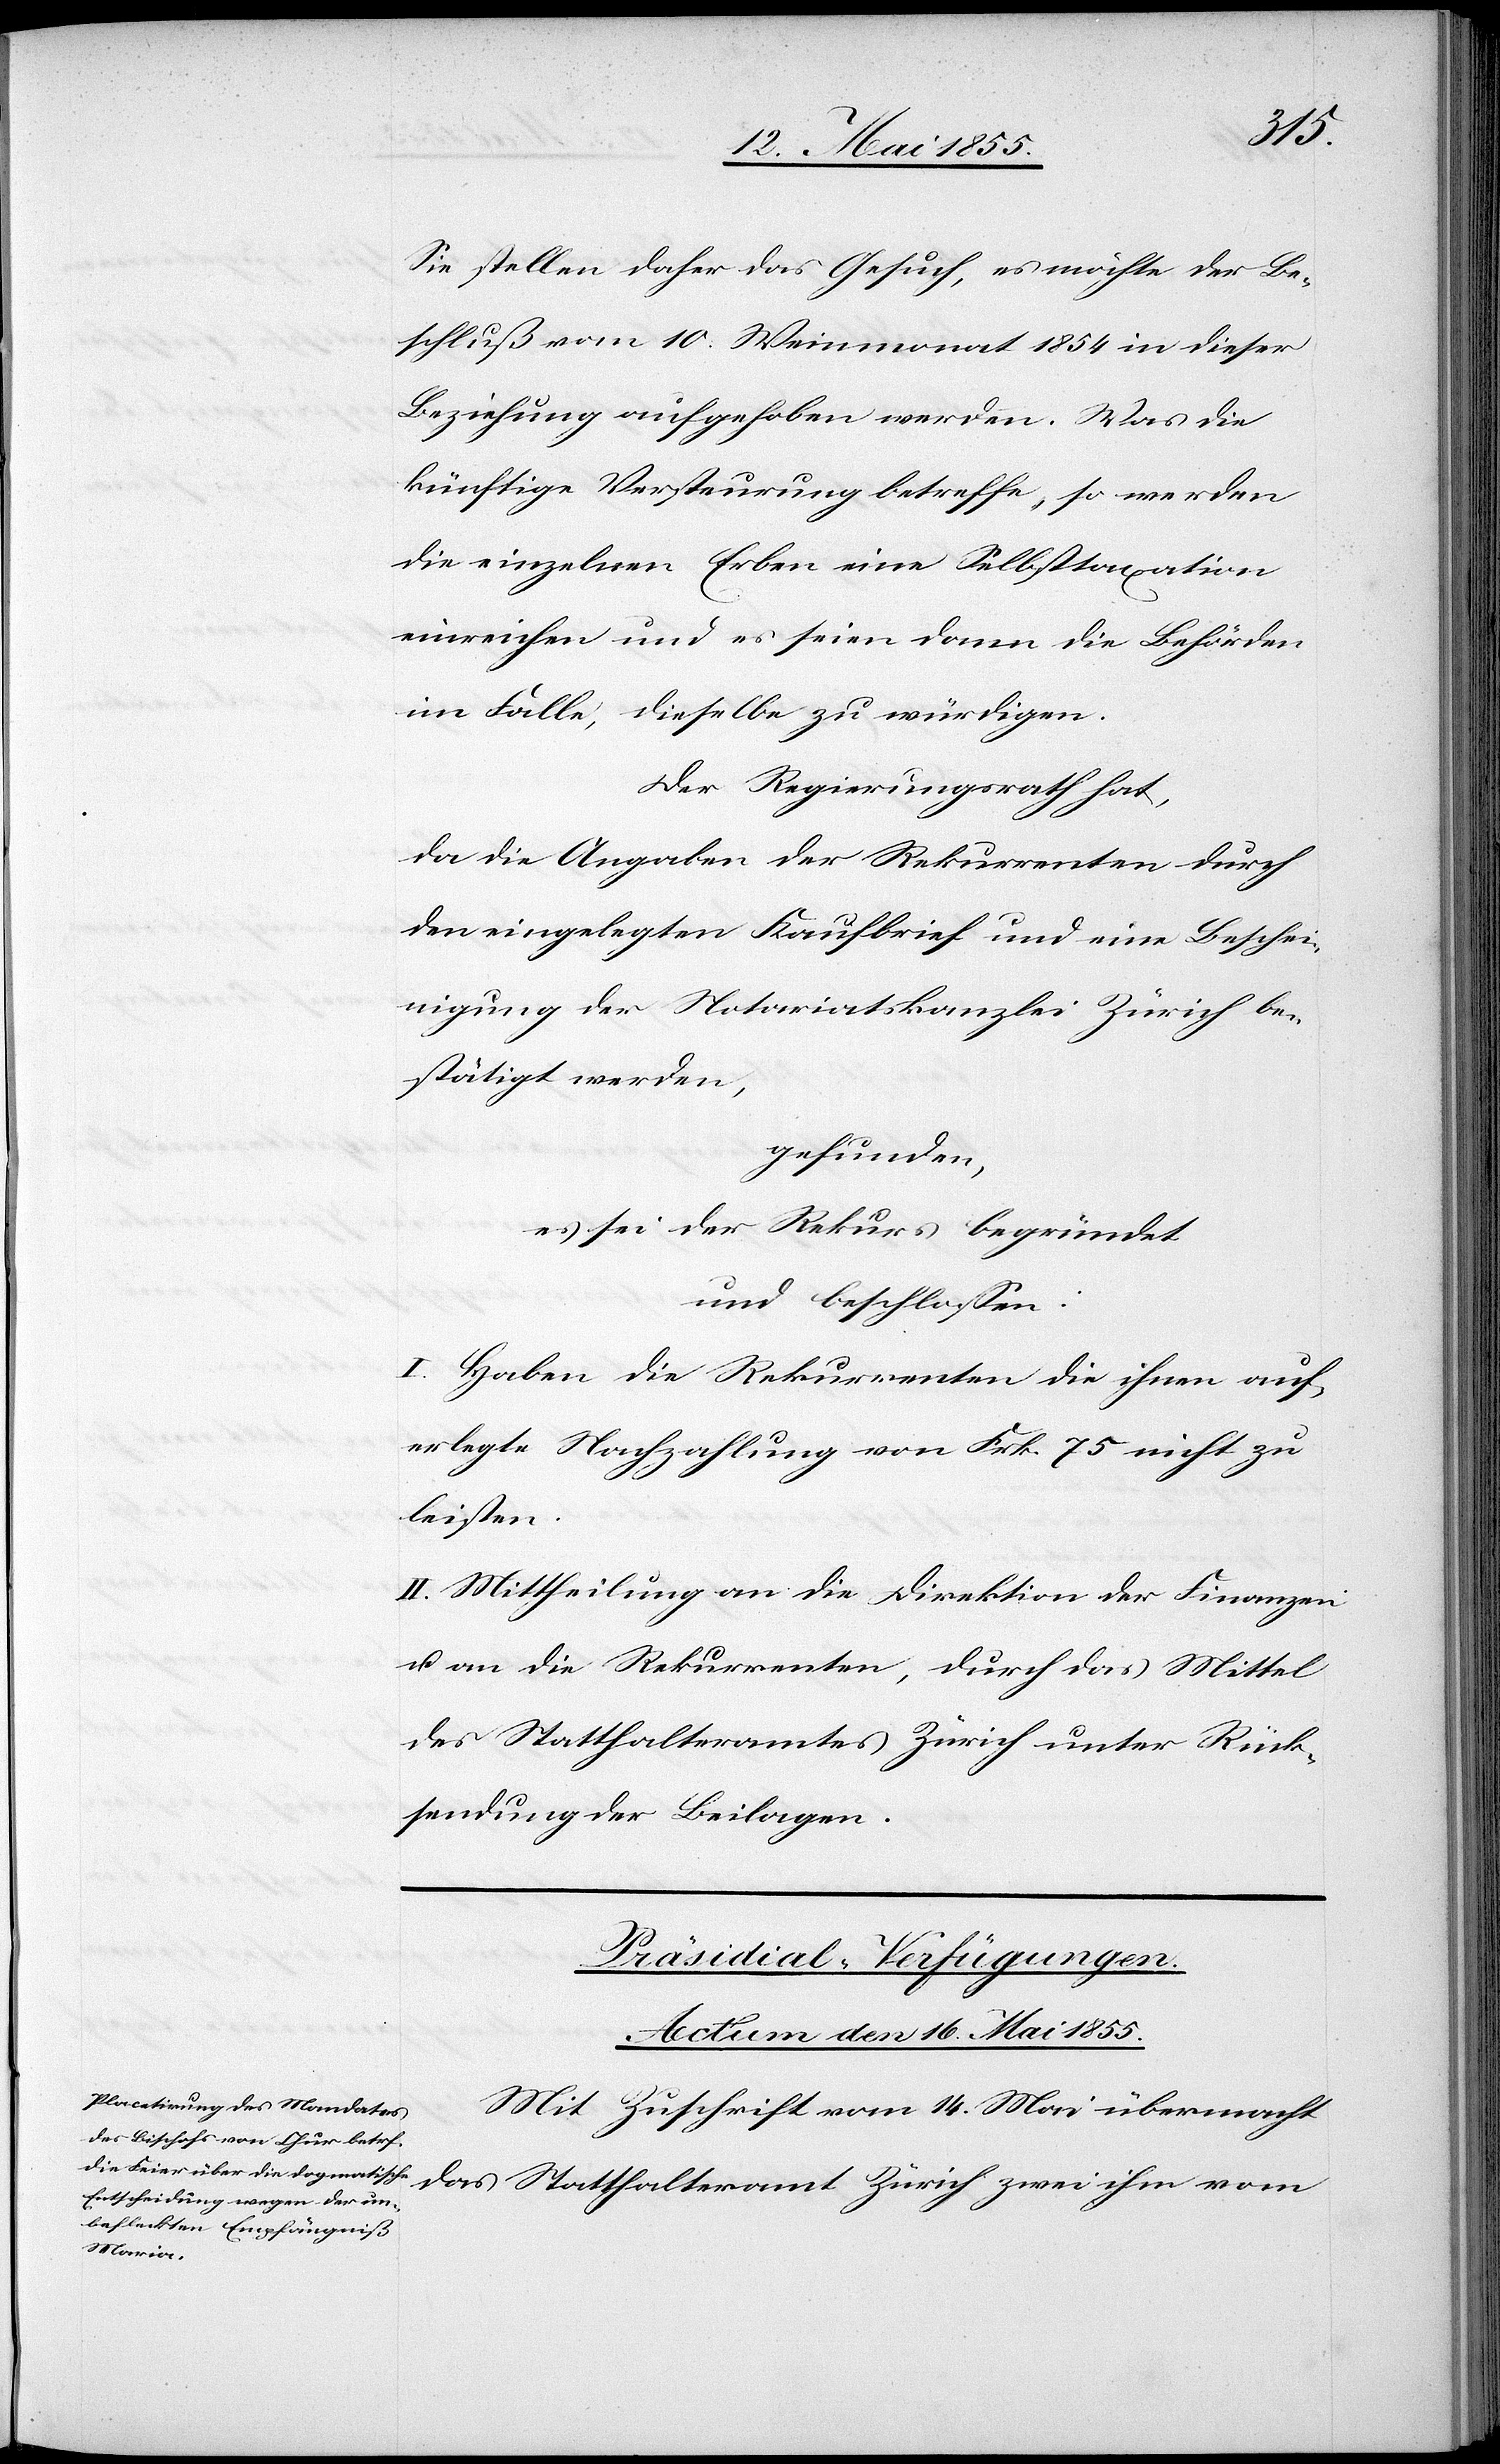
Sie stellen daher das Gesuch, es möchte der Be¬
schluß vom 10. Weinmonat 1854 in dieser
Beziehung aufgehoben werden. Was die
künftige Versteurung betreffe, so werden
die einzelnen Erben eine Selbsttaxation
einreichen und es seien dann die Behörden
im Falle, dieselbe zu würdigen.
Der Regierungsrath hat,
da die Angaben der Rekurrenten durch
den eingelegten Kaufbrief und eine Beschei¬
nigung der Notariatskanzlei Zürich be¬
stätigt werden,
gefunden,
es sei der Rekurs begründet
und beschlossen:
I. Haben die Rekurrenten die ihnen auf¬
erlegte Nachzahlung von Frk. 75 nicht zu
leisten.
II. Mittheilung an die Direktion der Finanzen
u. an die Rekurrenten, durch das Mittel
des Statthalteramtes Zürich unter Rück¬
sendung der Beilagen.
Präsidial-Verfügungen.
Actum den 16. Mai 1855.
Mit Zuschrift vom 14. Mai übermacht
das Statthalteramt Zürich zwei ihm vom